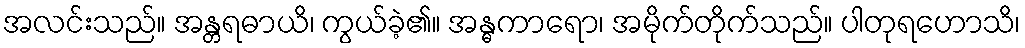
အလင်းသည်။ အန္တရဓာယိ၊ ကွယ်ခဲ့၏။ အန္ဓကာရော၊ အမိုက်တိုက်သည်။ ပါတုရဟောသိ၊